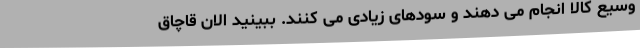
وسیع کالا انجام می دهند و سودهای زیادی می کنند. ببینید الان قاچاق